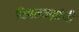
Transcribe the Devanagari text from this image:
विषतज्‍ज्ञांची